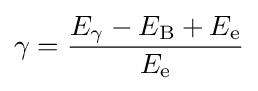
\gamma ={\frac {E_{\gamma }-E_{\text{B}}+E_{\text{e}}}{E_{\text{e}}}}